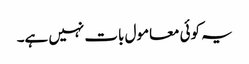
یہ کوئی معامول بات نہیں ہے۔